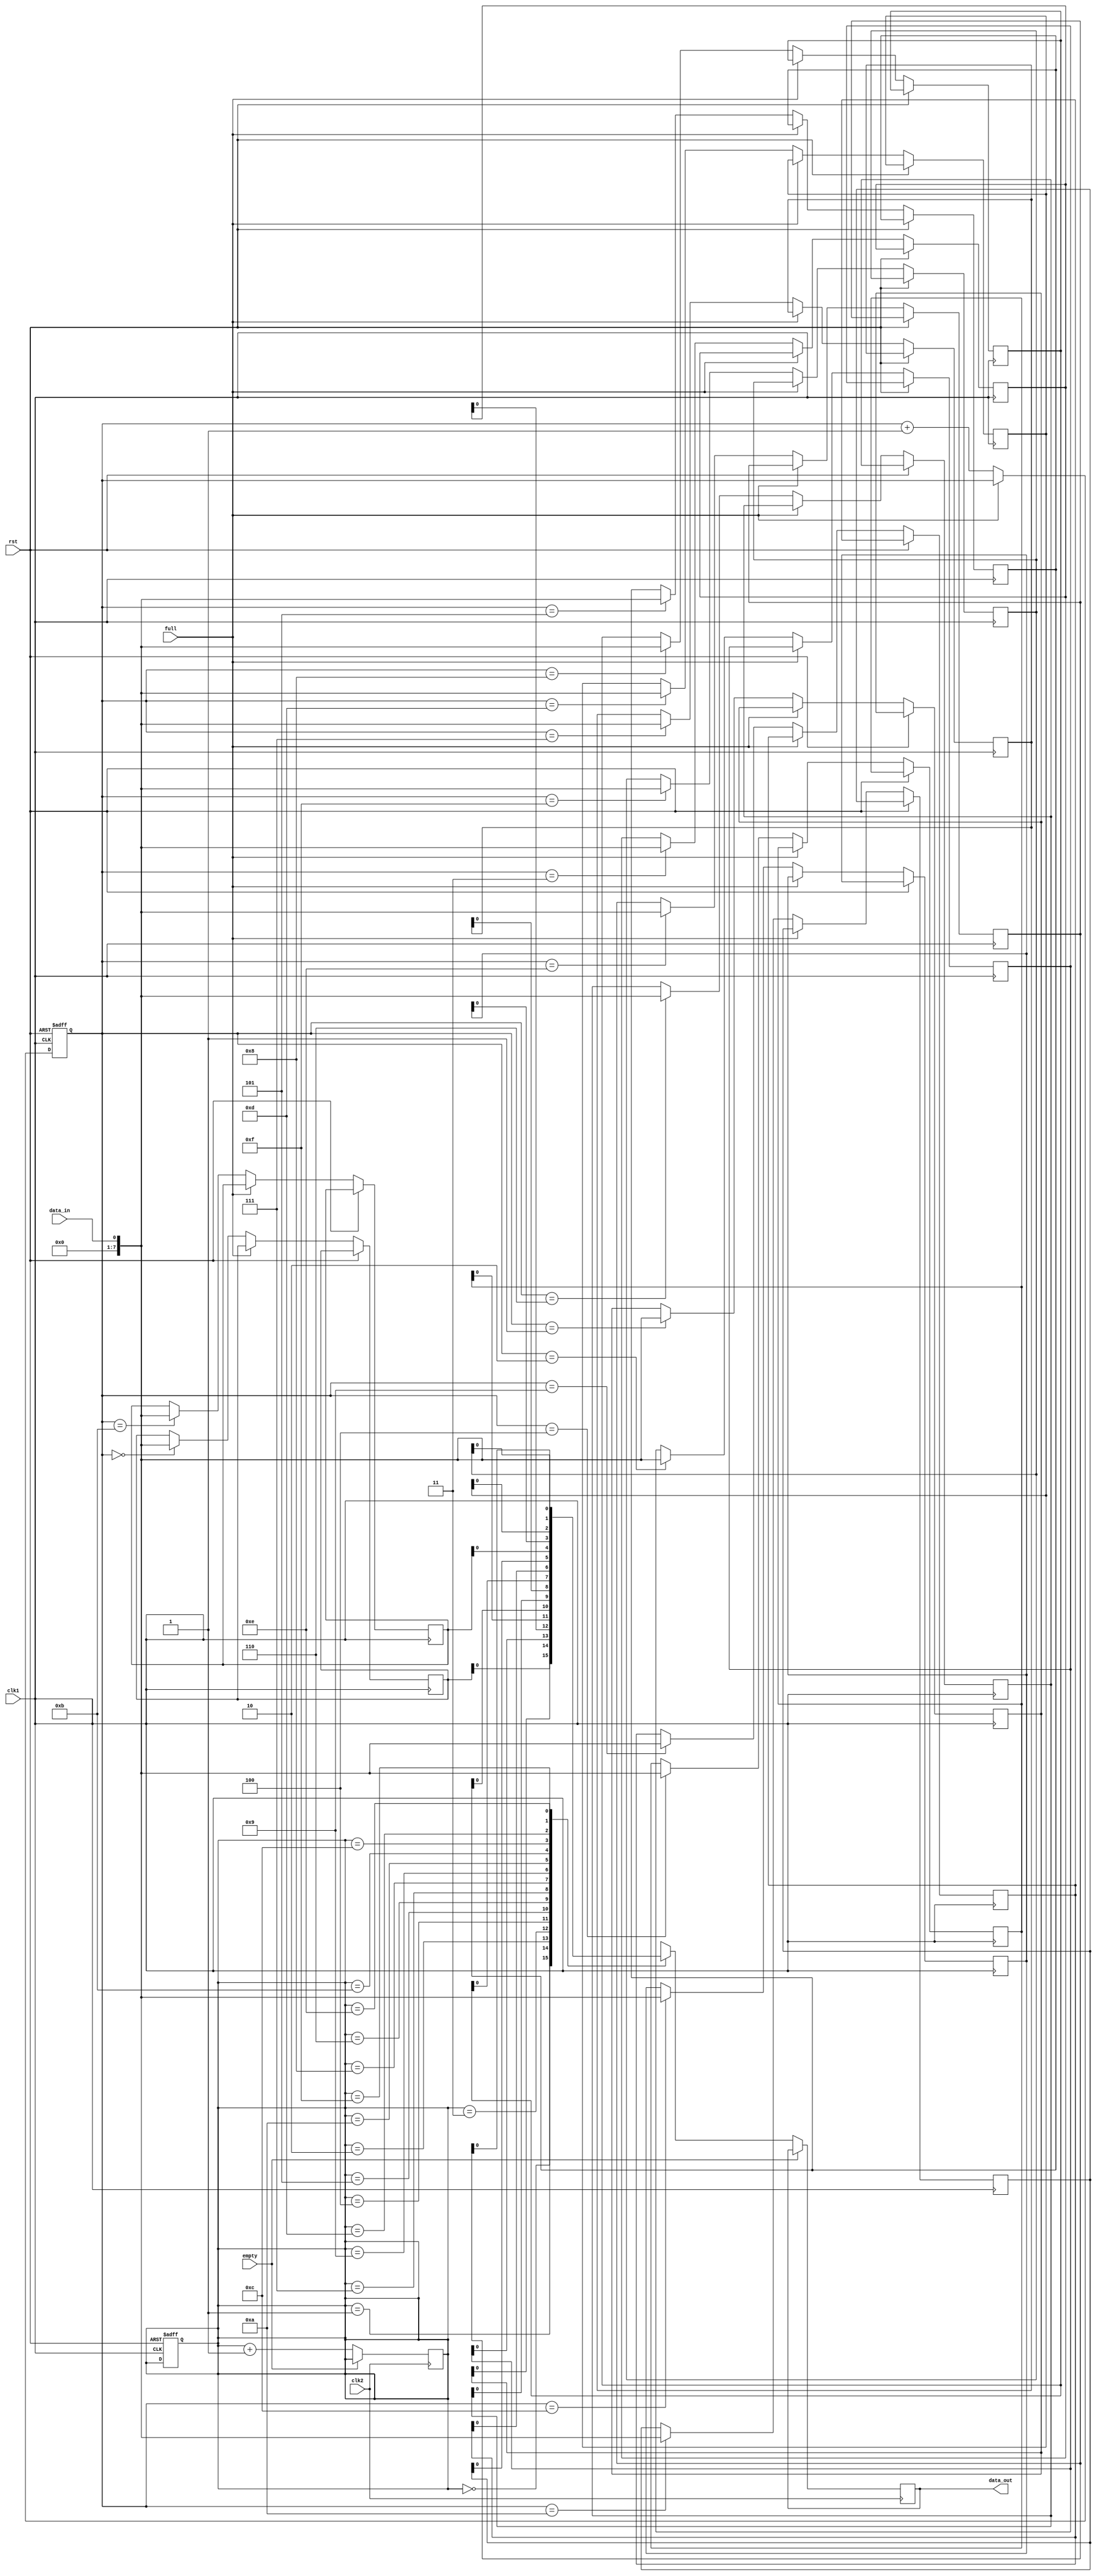
module asynchronous_fifo (
    input wire clk1, //clock domain 1
    input wire clk2, //clock domain 2
    input wire rst, //reset signal
    input wire data_in, //input data
    output wire data_out, //output data
    input wire empty, //empty flag
    input wire full //full flag
);

    reg [7:0] fifo_data [0:15]; //FIFO buffer with depth of 16
    reg [3:0] read_ptr = 4'b0000; //read pointer
    reg [3:0] write_ptr = 4'b0000; //write pointer

    always @(posedge clk1 or posedge rst) begin
        if(rst) begin //reset FIFO buffer
            read_ptr <= 4'b0000;
            write_ptr <= 4'b0000;
        end else begin
            if(!full) begin
                fifo_data[write_ptr] <= data_in; //write data to FIFO buffer
                write_ptr <= write_ptr + 1;
            end
        end
    end

    always @(posedge clk2) begin
        if(!empty) begin
            data_out <= fifo_data[read_ptr]; //read data from FIFO buffer
            read_ptr <= read_ptr + 1;
        end
    end

endmodule